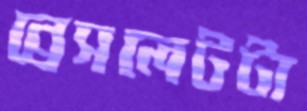
ব্রেসলেটটা